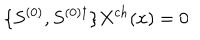
LaTeX: \{ S ^ { ( 0 ) } , S ^ { ( 0 ) \dagger } \} X ^ { c h } ( x ) = 0